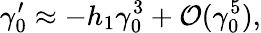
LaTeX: \gamma_{0}^{\prime}\approx-h_{1}\gamma_{0}^{3}+{\cal{O}}(\gamma_{0}^{5}),